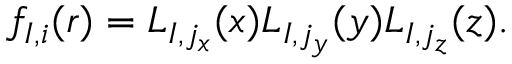
f _ { I , i } ( \boldsymbol { r } ) = L _ { I , j _ { x } } ( x ) L _ { I , j _ { y } } ( y ) L _ { I , j _ { z } } ( z ) .